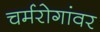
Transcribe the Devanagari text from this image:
चर्मरोगांवर